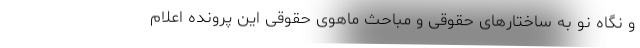
و نگاه نو به ساختارهای حقوقی و مباحث ماهوی حقوقی این پرونده اعلام